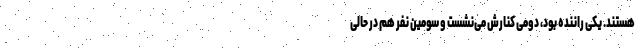
هستند. یکی راننده بود، دومی کنارش می‌نشست و سومین نفر هم در حالی‌